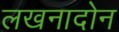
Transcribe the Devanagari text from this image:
लखनादोन